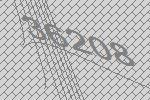
36208